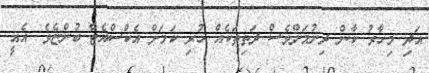
އަދި މިހާރު ކާން ދިނުމަށްވެސް ދަތިތަކެއް ހުރި ކަމަށް އެކްސްއެޓާ ބުންޏެވެ. އެއީ